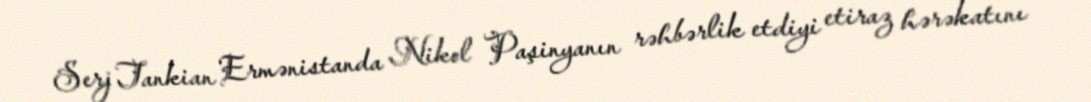
Serj Tankian Ermənistanda Nikol Paşinyanın rəhbərlik etdiyi etiraz hərəkatını